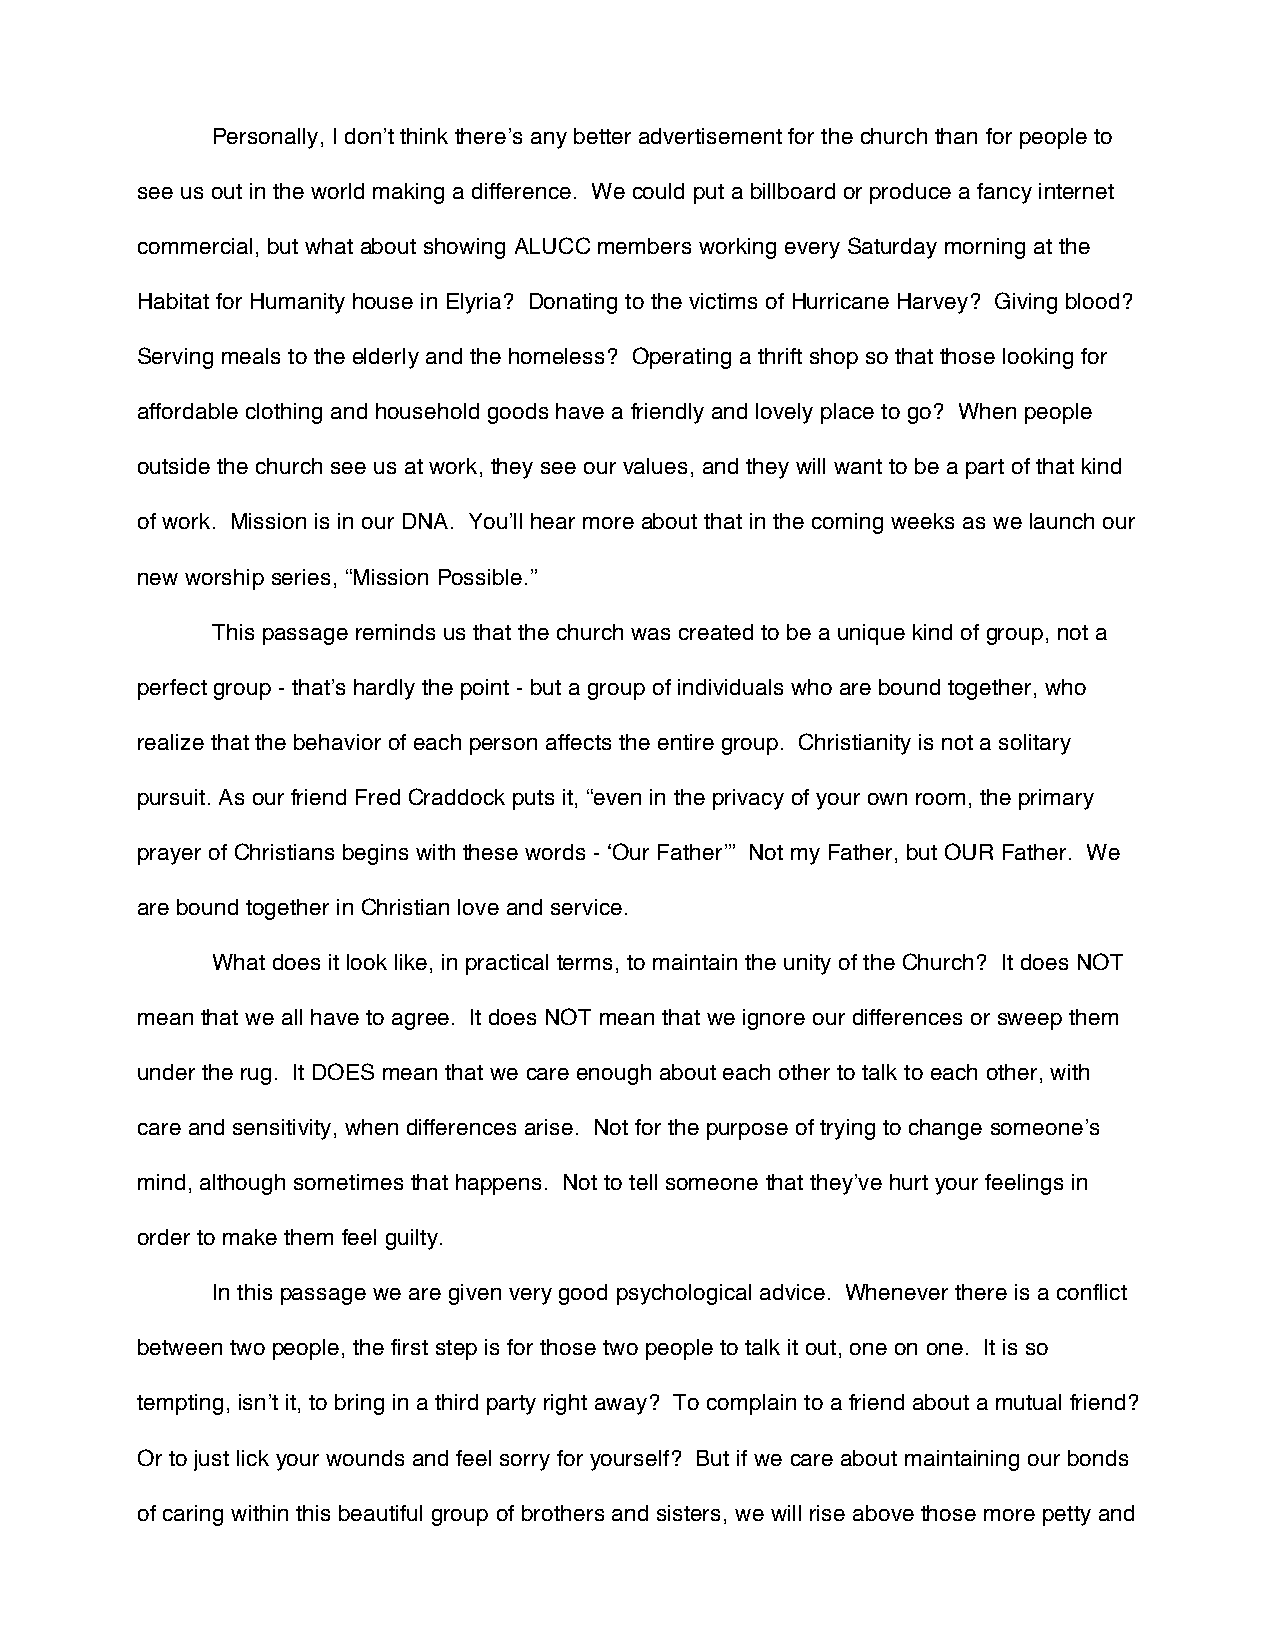
Personally, I don’t think there’s any better advertisement for the church than for people to
 see us out in the world making a difference. We could put a billboard or produce a fancy internet
 commercial, but what about showing ALUCC members working every Saturday morning at the
 Habitat for Humanity house in Elyria? Donating to the victims of Hurricane Harvey? Giving blood?
 Serving meals to the elderly and the homeless? Operating a thrift shop so that those looking for
 affordable clothing and household goods have a friendly and lovely place to go? When people
 outside the church see us at work, they see our values, and they will want to be a part of that kind
 of work. Mission is in our DNA. You’ll hear more about that in the coming weeks as we launch our
 new worship series, “Mission Possible.”
 This passage reminds us that the church was created to be a unique kind of group, not a
 perfect group - that’s hardly the point - but a group of individuals who are bound together, who
 realize that the behavior of each person affects the entire group. Christianity is not a solitary
 pursuit. As our friend Fred Craddock puts it, “even in the privacy of your own room, the primary
 prayer of Christians begins with these words - ‘Our Father’” Not my Father, but OUR Father. We
 are bound together in Christian love and service.
 What does it look like, in practical terms, to maintain the unity of the Church? It does NOT
 mean that we all have to agree. It does NOT mean that we ignore our differences or sweep them
 under the rug. It DOES mean that we care enough about each other to talk to each other, with
 care and sensitivity, when differences arise. Not for the purpose of trying to change someone’s
 mind, although sometimes that happens. Not to tell someone that they’ve hurt your feelings in
 order to make them feel guilty.
 In this passage we are given very good psychological advice. Whenever there is a conflict
 between two people, the first step is for those two people to talk it out, one on one. It is so
 tempting, isn’t it, to bring in a third party right away? To complain to a friend about a mutual friend?
 Or to just lick your wounds and feel sorry for yourself? But if we care about maintaining our bonds
 of caring within this beautiful group of brothers and sisters, we will rise above those more petty and